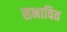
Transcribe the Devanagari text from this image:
सभावित